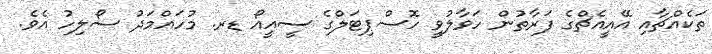
ތަކެއްޗާއި އޭއީއެޗްގެ ފަރާތުން ހަވާލުވީ ހޮސްޕިޓަލްގެ ސީއީއޯ ޑރ. މުހައްމަދު ސޯލިހު އެވެ.